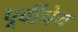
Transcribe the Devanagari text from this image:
पूर्वीचेच